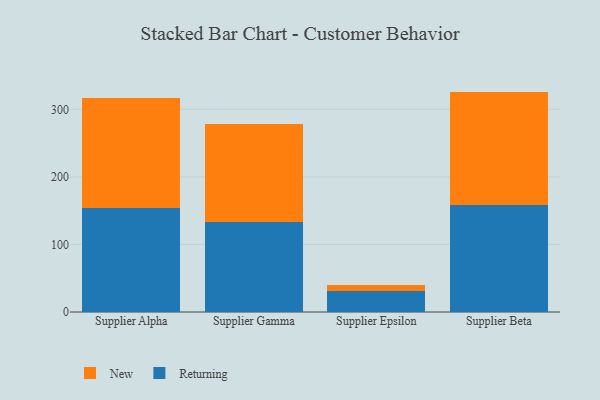
{"axis": {"x": "Supplier", "y": "Customer Acquisition Cost (USD)"}, "legend": ["New", "Returning"], "data": [{"x": "Supplier Alpha", "y": 153.3, "type": "Returning"}, {"x": "Supplier Alpha", "y": 163.7, "type": "New"}, {"x": "Supplier Gamma", "y": 133.4, "type": "Returning"}, {"x": "Supplier Gamma", "y": 145.3, "type": "New"}, {"x": "Supplier Epsilon", "y": 30.5, "type": "Returning"}, {"x": "Supplier Epsilon", "y": 9.0, "type": "New"}, {"x": "Supplier Beta", "y": 157.8, "type": "Returning"}, {"x": "Supplier Beta", "y": 168.4, "type": "New"}]}